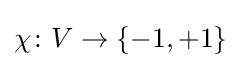
\chi \colon V\rightarrow \{-1,+1\}